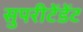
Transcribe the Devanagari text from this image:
सुपरीटेंडेंट